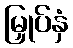
မြှုပ်နှံ